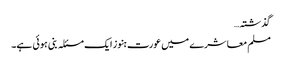
گذشتہ…
مسلم معاشرے میں عورت ہنوز ایک مسئلہ بنی ہوئی ہے۔